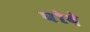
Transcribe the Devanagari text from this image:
घोदे